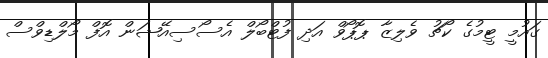
ގައުމީ ޓީމުގެ ކޯޗު ވެލިޒާ ޕޮޕޯވް އަދި ފުޓްބޯލް އެސޯސިއޭޝަން އޮފް މޯލްޑިވްސް